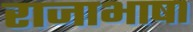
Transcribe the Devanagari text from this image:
राजाभाषा